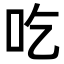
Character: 吃